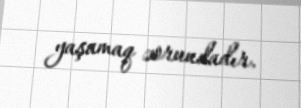
yaşamaq zorundadır.